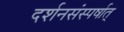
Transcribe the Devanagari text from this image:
दर्शनसंस्पर्षात्